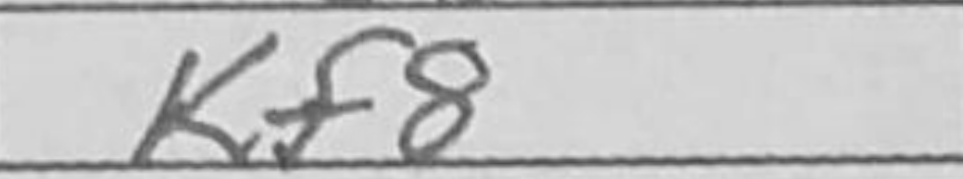
Transcription: Kf8